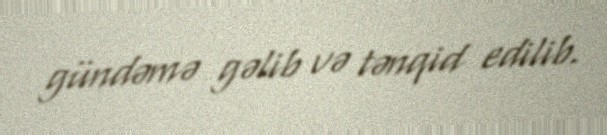
gündəmə gəlib və tənqid edilib.